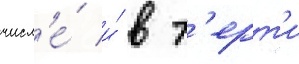
числ'е́ и́ в т'ерт'и